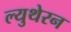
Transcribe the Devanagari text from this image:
ल्युथेरन